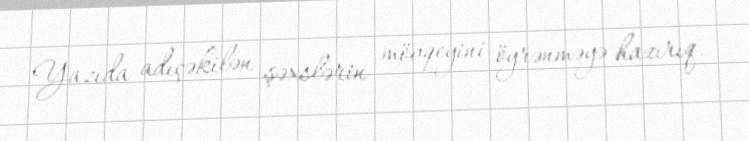
Yazıda adıçəkilən şəxslərin mövqeyini öyrənməyə hazırıq.